Civil Veterinary Department Bengal reports 1923-33 - 1923-1933
Year: 1923
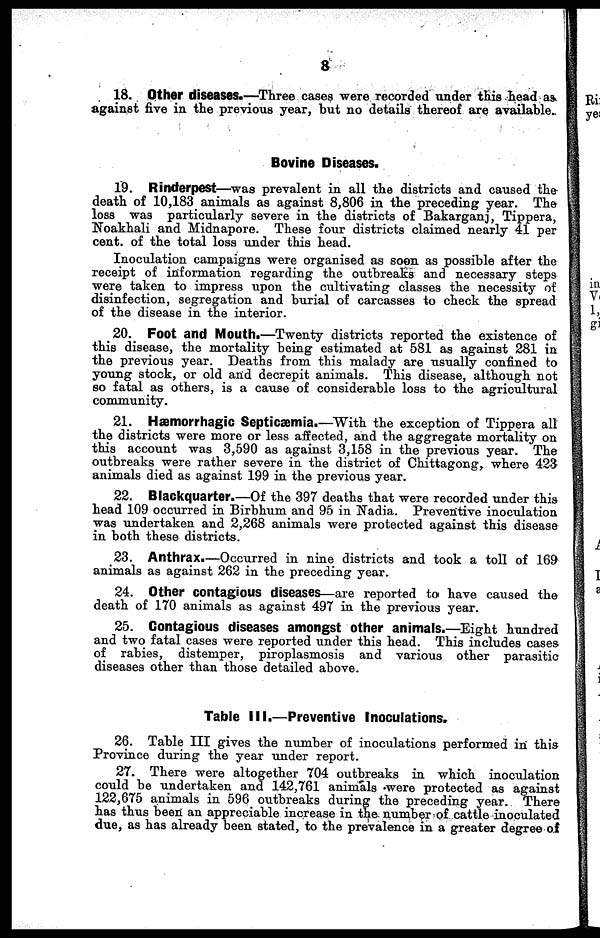
8
18. Other diseases.—Three cases were recorded under this head as
against five in the previous year, but no details thereof are available.
Bovine Diseases.
19. Rinderpest—was prevalent in all the districts and caused the
death of 10,183 animals as against 8,806 in the preceding year. The
loss was particularly severe in the districts of Bakarganj, Tippera,
Noakhali and Midnapore. These four districts claimed nearly 41 per
cent. of the total loss under this head.
Inoculation campaigns were organised as soon as possible after the
receipt of information regarding the outbreaks and necessary steps
were taken to impress upon the cultivating classes the necessity of
disinfection, segregation and burial of carcasses to check the spread
of the disease in the interior.
20. Foot and Mouth.—Twenty districts reported the existence of
this disease, the mortality being estimated at 581 as against 281 in
the previous year. Deaths from this malady are usually confined to
young stock, or old and decrepit animals. This disease, although not
so fatal as others, is a cause of considerable loss to the agricultural
community.
21. Hæmorrhagic Septicæmia.—With the exception of Tippera all
the districts were more or less affected, and the aggregate mortality on
this account was 3,590 as against 3,158 in the previous year. The
outbreaks were rather severe in the district of Chittagong, where 423
animals died as against 199 in the previous year.
22. Blackquarter.—Of the 397 deaths that were recorded under this
head 109 occurred in Birbhum and 95 in Nadia. Preventive inoculation
was undertaken and 2,268 animals were protected against this disease
in both these districts.
23. Anthrax.—Occurred in nine districts and took a toll of 169
animals as against 262 in the preceding year.
24. Other contagious diseases—are reported to have caused the
death of 170 animals as against 497 in the previous year.
25. Contagious diseases amongst other animals.—Eight hundred
and two fatal cases were reported under this head. This includes cases
of rabies, distemper, piroplasmosis and various other parasitic
diseases other than those detailed above.
Table III.—Preventive Inoculations.
26. Table III gives the number of inoculations performed in this
Province during the year under report.
27. There were altogether 704 outbreaks in which inoculation
could be undertaken and 142,761 animals were protected as against
122,675 animals in 596 outbreaks during the preceding year. There
has thus been an appreciable increase in the number of cattle inoculated
due, as has already been stated, to the prevalence in a greater degree of